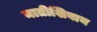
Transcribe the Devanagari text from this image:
मातीशिवाय